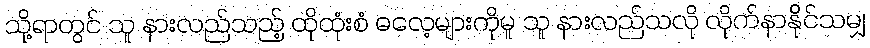
သို့ရာတွင် သူ နားလည်သည့် ထိုထုံးစံ ဓလေ့များကိုမူ သူ နားလည်သလို လိုက်နာနိုင်သမျှ